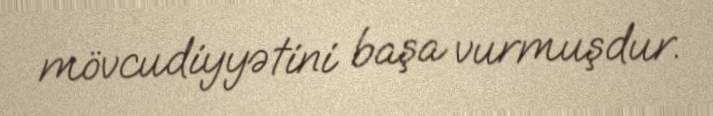
mövcudiyyətini başa vurmuşdur.